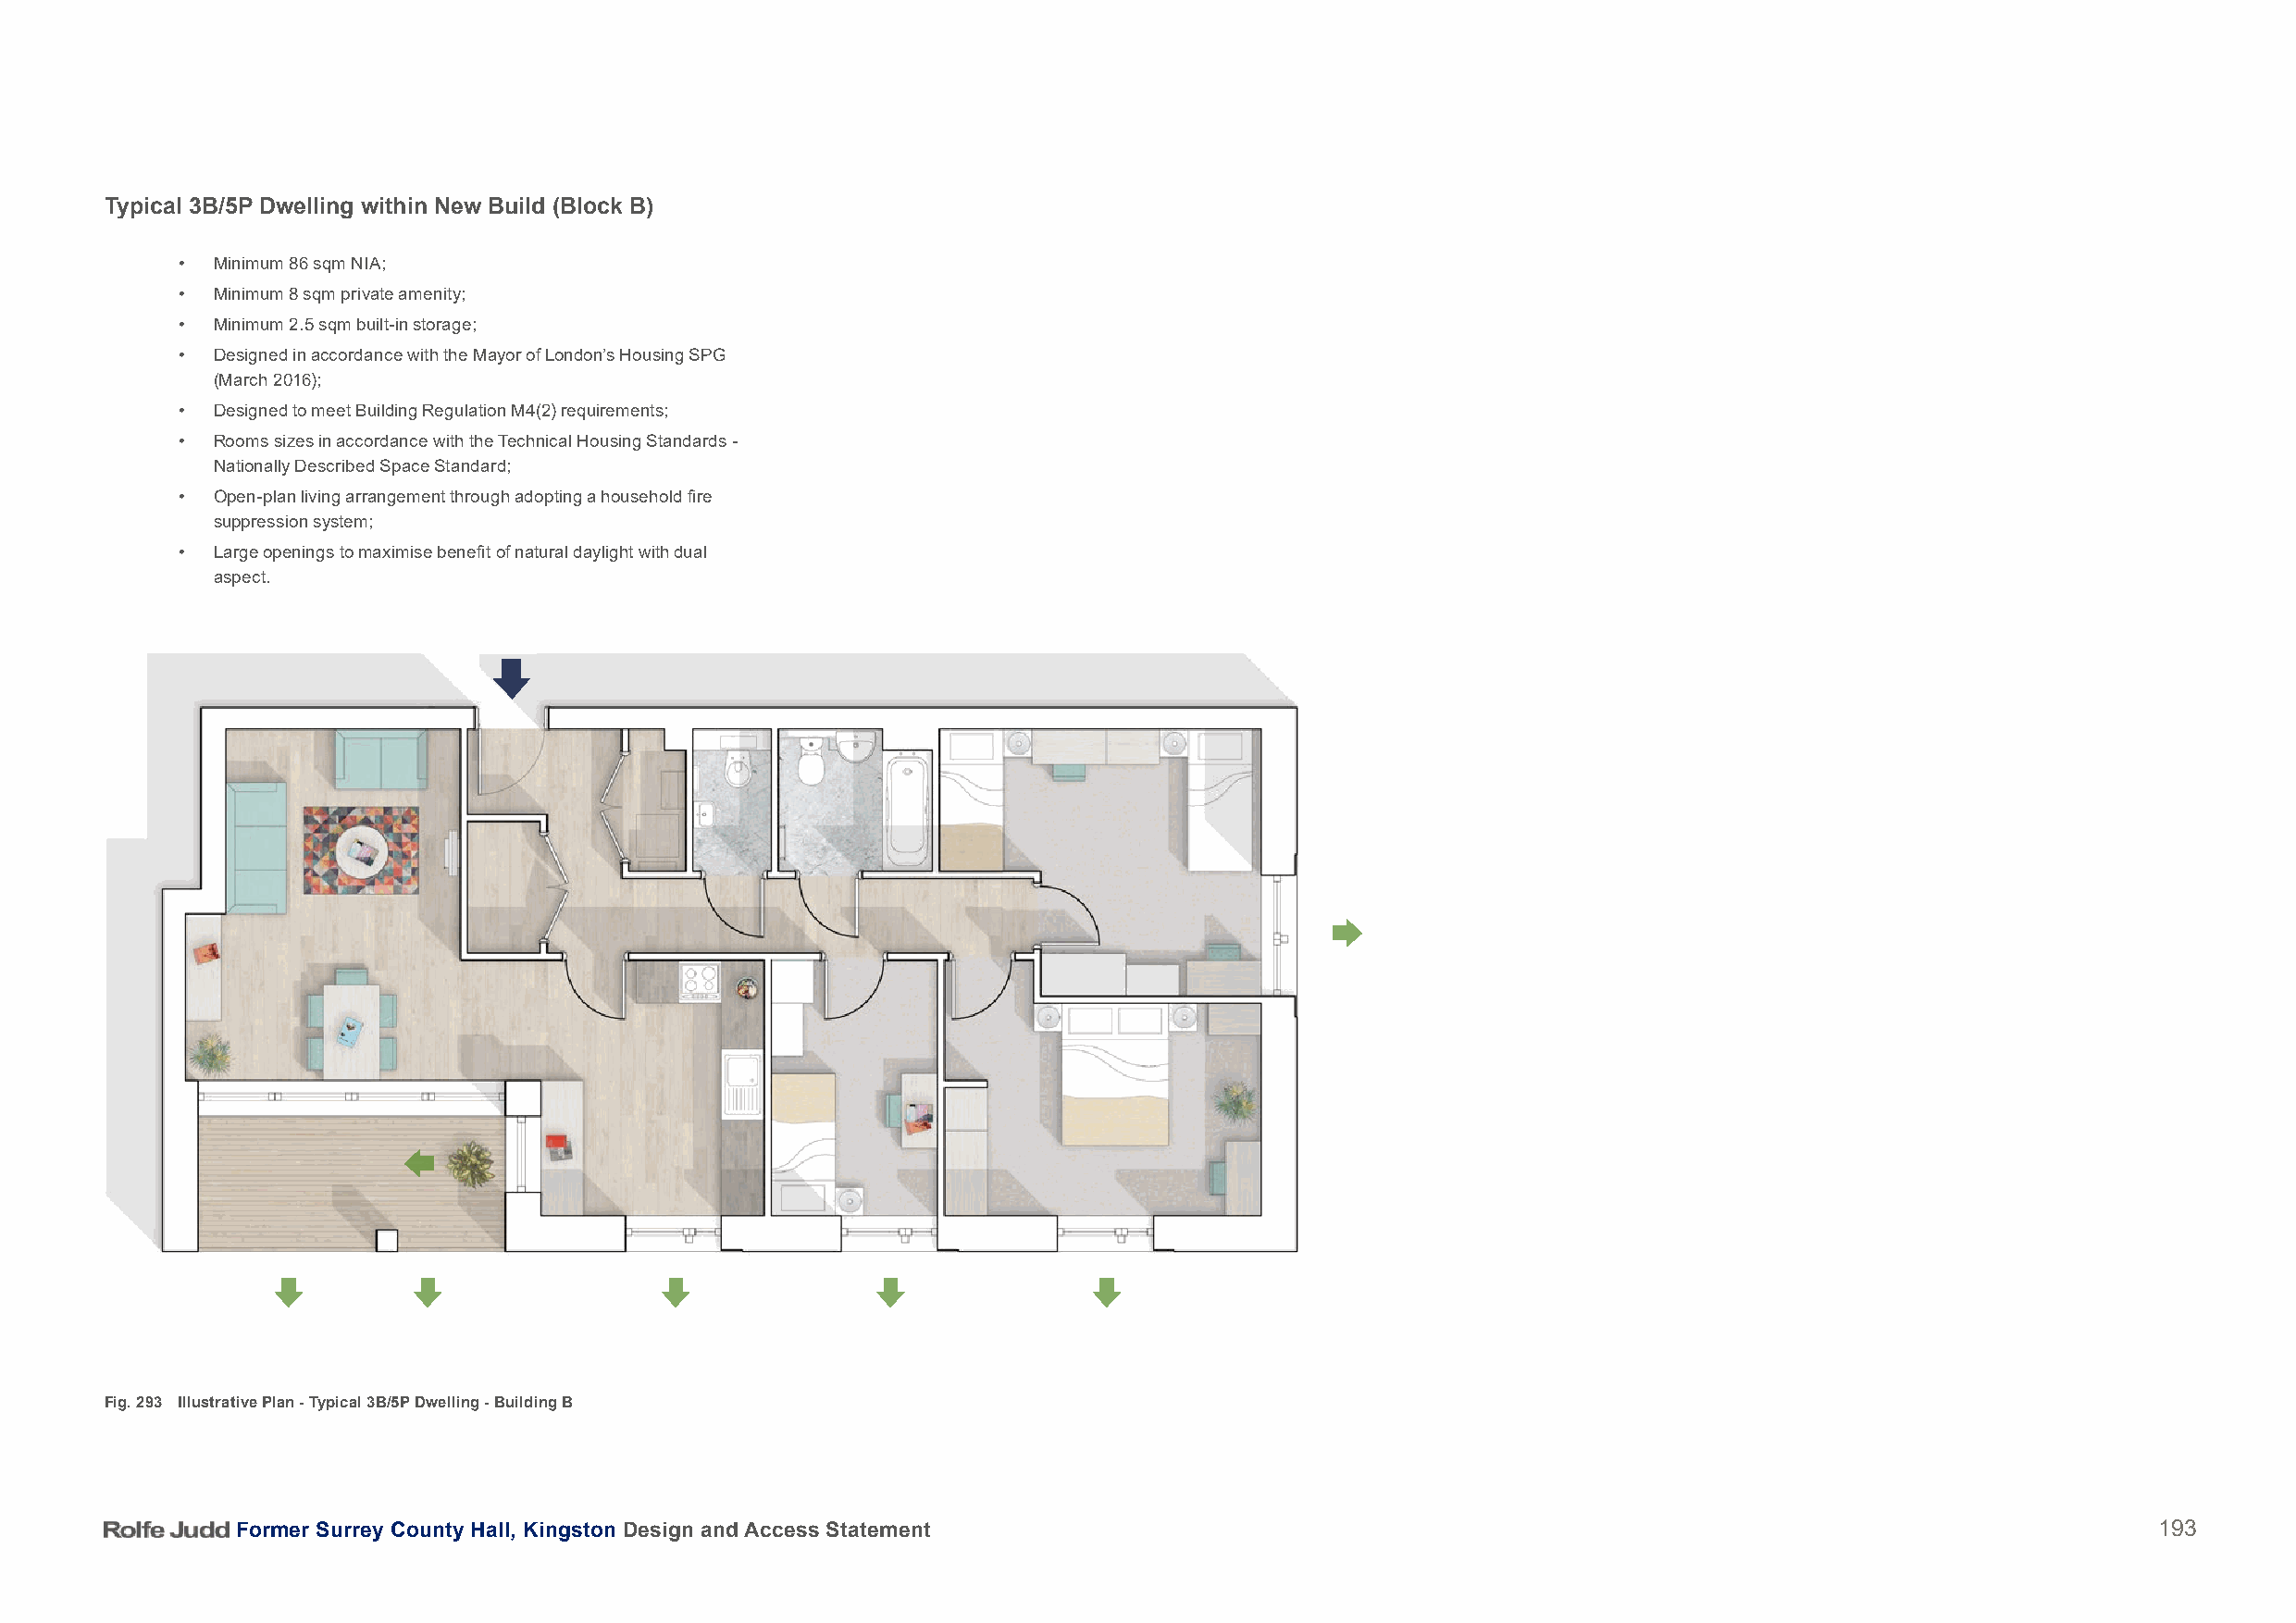
Typical 3B/5P Dwelling within New Build (Block B)
 • Minimum 86 sqm NIA;
 • Minimum 8 sqm private amenity;
 • Minimum 2.5 sqm built-in storage;
 • Designed in accordance with the Mayor of London’s Housing SPG
 (March 2016);
 • Designed to meet Building Regulation M4(2) requirements;
 • Rooms sizes in accordance with the Technical Housing Standards -
 Nationally Described Space Standard;
 • Open-plan living arrangement through adopting a household fire
 suppression system;
 • Large openings to maximise benefit of natural daylight with dual
 aspect.
 Fig. 293 Illustrative Plan - Typical 3B/5P Dwelling - Building B
 Former Surrey County Hall, Kingston Design and Access Statement                                                                          193